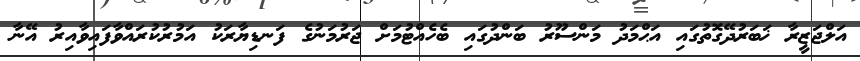
އަލްޖަޒީރާ ޚަބަރުދޭގޮތުގައި އަޙްމަދު މަންސޫރު ބަންދުގައި ބެހެއްޓުމަށް ޖަރުމަނުގެ ފަނޑިޔާރަކު އަމުރުކުރައްވާފައިވާއިރު އޭނާ